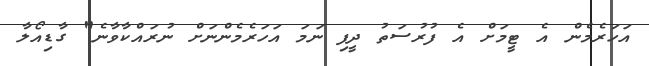
އަހަރެމެން އެ ޓީމަށް އެ ފުރުސަތު ދީފި ނަމަ އަހަރެމެންނަށް ނުރައްކާވާނެ" ގާޑިއޯލާ